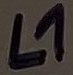
Text: L1